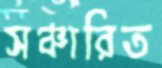
সঞ্চারিত